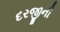
દરજીની